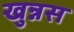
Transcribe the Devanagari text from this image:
खुन्नस